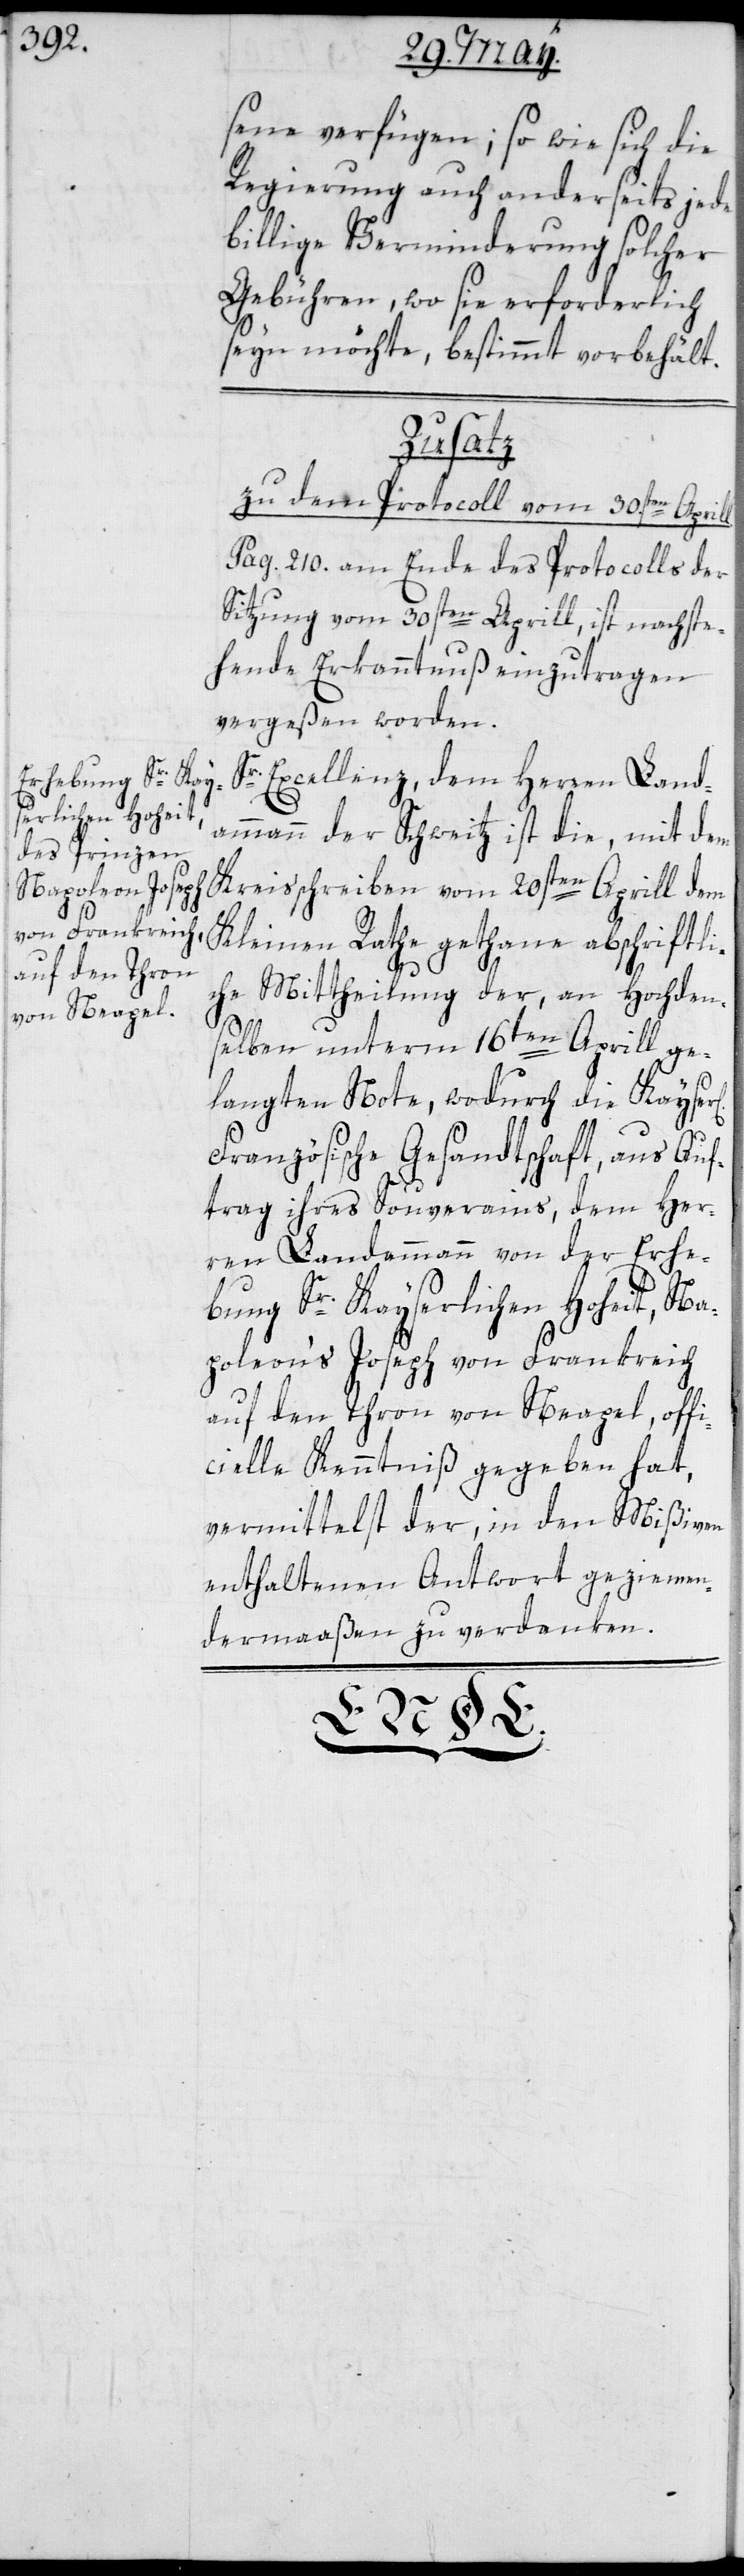
sene verfügen; so wie sich die
Regierung auch anderseits jede
billige Verminderung solcher
Gebühren, wo sie erforderlich
seyn möchte, bestimmt vorbehält.
Zusatz
zu dem Protocoll vom 30sten April¬
Pag. 210. am Ende des Protocolls der
Sitzung vom 30sten Aprill, ist nachste¬
hende Erkanntnuß einzutragen
vergeßen worden.
Excellenz, dem Herren Land¬
ammann der Schweitz ist die, mit dem
Kreisschreiben vom 20sten Aprill dem
Kleinen Rathe gethane abschriftli¬
che Mittheilung der, an Hochden¬
selben unterm 16ten Aprill ge¬
langten Note, wodurch die Kayse¬
Französische Gesandtschaft, aus Auf¬
trag ihres Souverains, dem Her¬
ren Landammann von der Erhe¬
bung Sr. Kayserlichen Hoheit, Na¬
poleons Joseph von Frankreich
auf den Thron von Neapel, off¬
icielle Kenntniß gegeben hat,
vermittelst der, in den Mißiven
enthaltenen Antwort geziemen¬
dermaaßen zu verdanken.
r[lich]